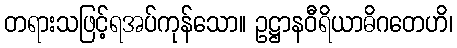
တရားသဖြင့်ရအပ်ကုန်သော။ ဥဋ္ဌာနဝီရိယာဓိဂတေဟိ၊